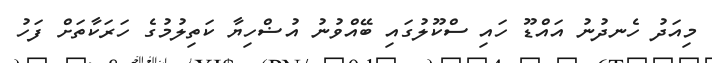
މިއަދު ހެނދުނު އައްޑޫ ހައި ސްކޫލުގައި ބޭއްވުނު އުޟްހިޔާ ކަތިލުމުގެ ހަރަކާތަށް ފަހު